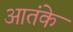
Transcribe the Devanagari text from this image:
आतंके